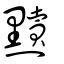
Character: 黷